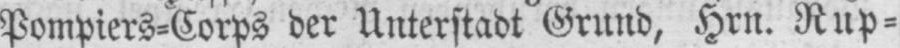
Pompiers⸗Corps der Unterstadt Grund, Hrn. Rup⸗